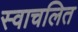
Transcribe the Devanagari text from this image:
स्वाचलित